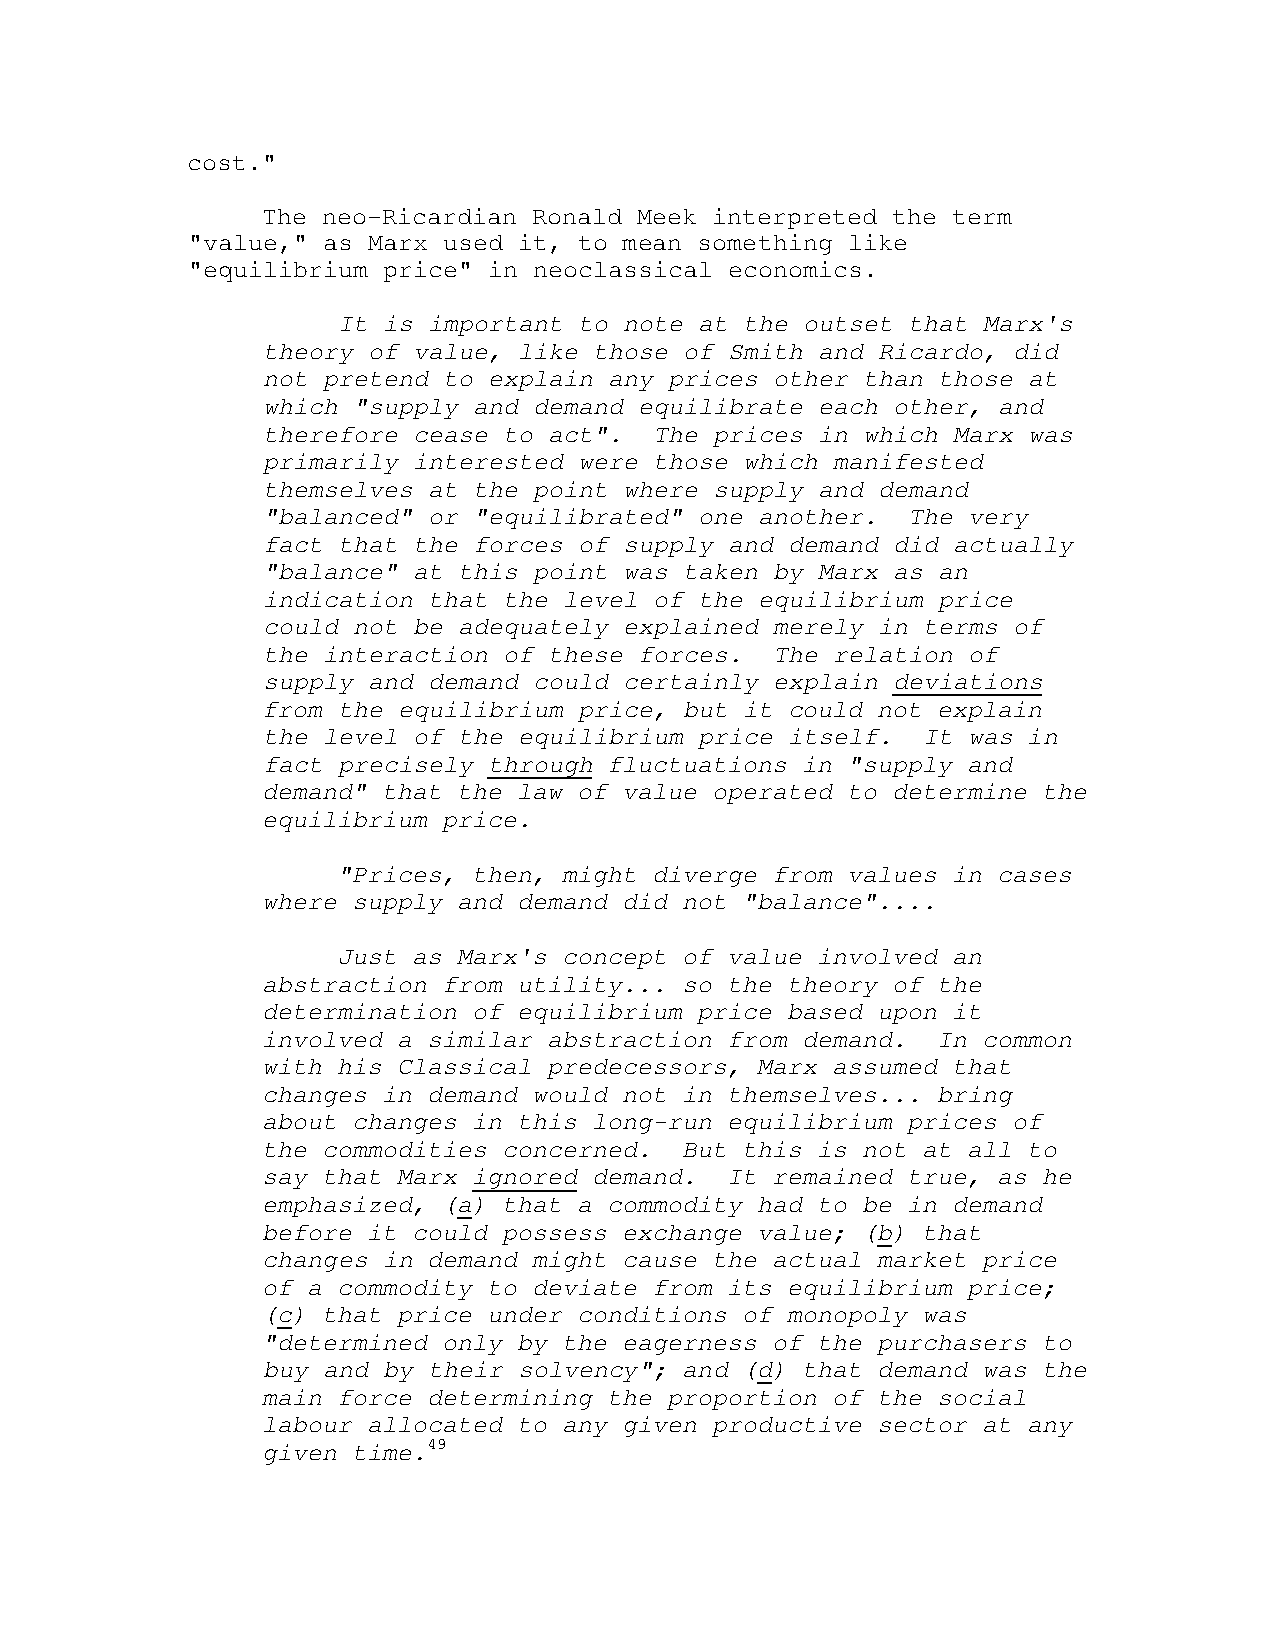
cost."
 The neo-Ricardian Ronald Meek interpreted the term
 "value," as Marx used it, to mean something like
 "equilibrium price" in neoclassical economics.
 It is important to note at the outset that Marx's
 theory of value, like those of Smith and Ricardo, did
 not pretend to explain any prices other than those at
 which "supply and demand equilibrate each other, and
 therefore cease to act".  The prices in which Marx was
 primarily interested were those which manifested
 themselves at the point where supply and demand
 "balanced" or "equilibrated" one another.  The very
 fact that the forces of supply and demand did actually
 "balance" at this point was taken by Marx as an
 indication that the level of the equilibrium price
 could not be adequately explained merely in terms of
 the interaction of these forces.  The relation of
 supply and demand could certainly explain deviations
 from the equilibrium price, but it could not explain
 the level of the equilibrium price itself.  It was in
 fact precisely through fluctuations in "supply and
 demand" that the law of value operated to determine the
 equilibrium price.
 "Prices, then, might diverge from values in cases
 where supply and demand did not "balance"....
 Just as Marx's concept of value involved an
 abstraction from utility... so the theory of the
 determination of equilibrium price based upon it
 involved a similar abstraction from demand.  In common
 with his Classical predecessors, Marx assumed that
 changes in demand would not in themselves... bring
 about changes in this long-run equilibrium prices of
 the commodities concerned.  But this is not at all to
 say that Marx ignored demand.  It remained true, as he
 emphasized, (a) that a commodity had to be in demand
 before it could possess exchange value; (b) that
 changes in demand might cause the actual market price
 of a commodity to deviate from its equilibrium price;
 (c) that price under conditions of monopoly was
 "determined only by the eagerness of the purchasers to
 buy and by their solvency"; and (d) that demand was the
 main force determining the proportion of the social
 labour allocated to any given productive sector at any
 given time.49